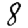
Digit: 8